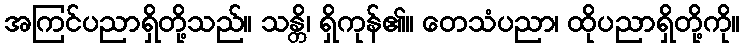
အကြင်ပညာရှိတို့သည်။ သန္တိ၊ ရှိကုန်၏။ တေသံပညာ၊ ထိုပညာရှိတို့ကို။